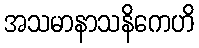
အသမာနာသနိကေဟိ